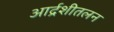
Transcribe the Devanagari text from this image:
आर्द्रशीतलन